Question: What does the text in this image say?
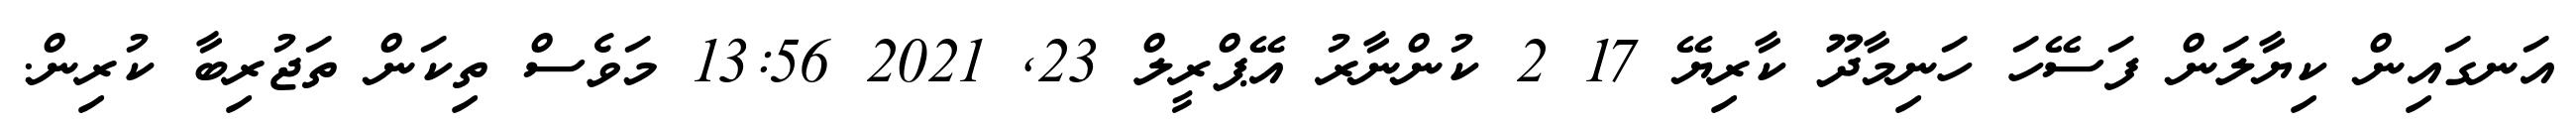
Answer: އަނގައިން ކިޔާލަން ފަސޭހަ ހަނިމާދޫ ކާރިޔޭ 17 2 ކުންނާރު އޭޕްރީލް 23, 2021 13:56 މަވެސް ތިކަން ތަޖުރިބާ ކުރިން.